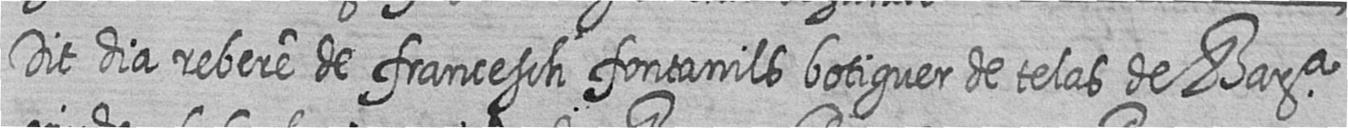
Dit dia rebere de francesch fontanils botiguer de telas de Bara